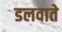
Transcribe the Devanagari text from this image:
डलवाते